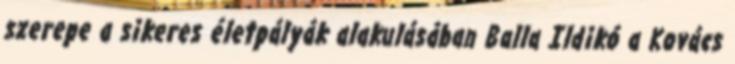
szerepe a sikeres életpályák alakulásában Balla Ildikó a Kovács